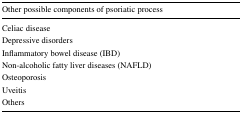
<table><thead><tr><td><b>Other possible components of psoriatic process</b></td></tr></thead><tbody><tr><td>Celiac disease</td></tr><tr><td>Depressive disorders</td></tr><tr><td>Inflammatory bowel disease (IBD)</td></tr><tr><td>Non-alcoholic fatty liver diseases (NAFLD)</td></tr><tr><td>Osteoporosis</td></tr><tr><td>Uveitis</td></tr><tr><td>Others</td></tr></tbody></table>